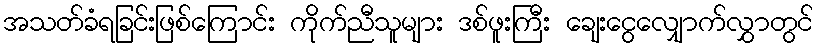
အသတ်ခံရခြင်းဖြစ်ကြောင်း ကိုက်ညီသူများ ဒစ်ဖူးကြီး ချေးငွေလျှောက်လွှာတွင်